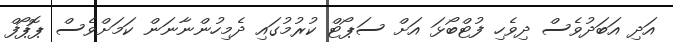
އަދި އަބަދުވެސް ދިވެހި ފުޓްބޯޅަ އަށް ސަޕޯޓް ކުރުމުގައި ދެމިހުންނާނަން ކަމަށްވެސް ޕޮޕޯފް